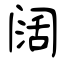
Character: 阔